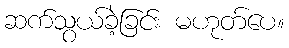
ဆက်သွယ်ခဲ့ခြင်း မဟုတ်ပေ။